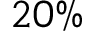
2 0 \%